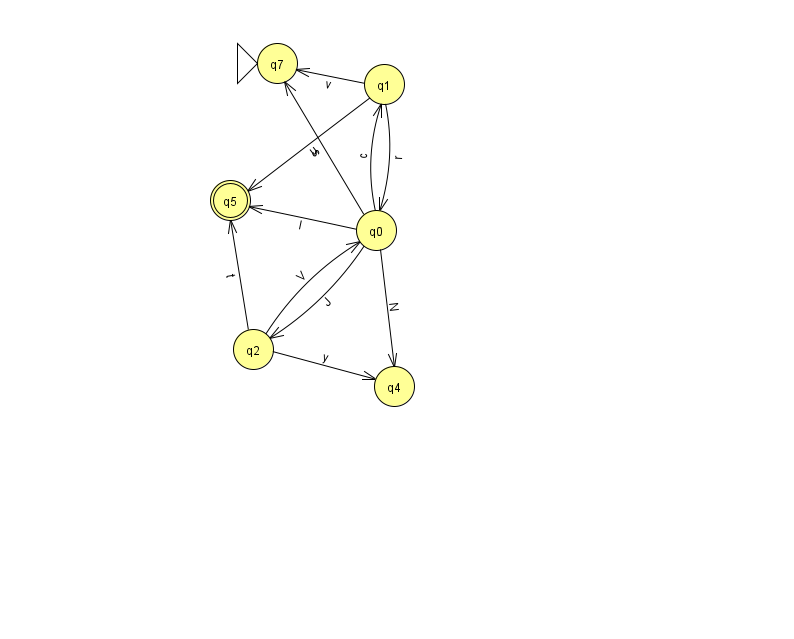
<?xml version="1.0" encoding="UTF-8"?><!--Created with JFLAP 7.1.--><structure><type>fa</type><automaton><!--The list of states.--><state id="0" name="q0"><x>376.0</x><y>217.0</y></state><state id="1" name="q1"><x>384.0</x><y>71.0</y></state><state id="2" name="q2"><x>253.0</x><y>336.0</y></state><state id="4" name="q4"><x>394.0</x><y>373.0</y></state><state id="5" name="q5"><x>230.0</x><y>187.0</y><final/></state><state id="7" name="q7"><x>277.0</x><y>50.0</y><initial/></state><!--The list of transitions.--><transition><from>0</from><to>1</to><read>c</read></transition><transition><from>1</from><to>0</to><read>r</read></transition><transition><from>1</from><to>5</to><read>u</read></transition><transition><from>0</from><to>7</to><read>s</read></transition><transition><from>2</from><to>0</to><read>V</read></transition><transition><from>1</from><to>7</to><read>v</read></transition><transition><from>2</from><to>5</to><read>t</read></transition><transition><from>0</from><to>4</to><read>N</read></transition><transition><from>0</from><to>2</to><read>J</read></transition><transition><from>0</from><to>5</to><read>I</read></transition><transition><from>2</from><to>4</to><read>y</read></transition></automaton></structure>